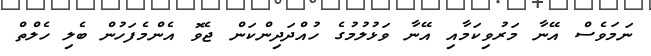
ނަމަވެސް އޭނާ މަރުވިކަމާއި އޭނާ ވަޅުލުމުގެ ހުއްދަދިންކަން ޖެވޮ އެންމެފަހުން ބެލި ހެލްތް